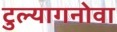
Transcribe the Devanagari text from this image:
टुल्यागनोवा